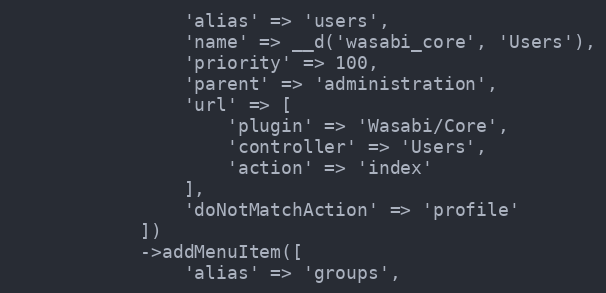
Language: PHP
                'alias' => 'users',
                'name' => __d('wasabi_core', 'Users'),
                'priority' => 100,
                'parent' => 'administration',
                'url' => [
                    'plugin' => 'Wasabi/Core',
                    'controller' => 'Users',
                    'action' => 'index'
                ],
                'doNotMatchAction' => 'profile'
            ])
            ->addMenuItem([
                'alias' => 'groups',